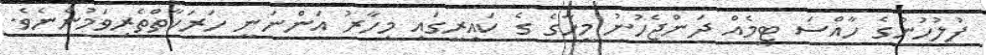
ފުލުހުންގެ ހާއްސަ ޓީމެއް ދަންޖެހުނު މީހާގެ ގެ ކައިރީގައި މިހާރު އަންނަނީ ހަރަކާތްތެރިވަމުންނެވެ.